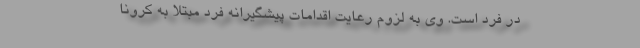
در فرد است. وی به لزوم رعایت اقدامات پیشگیرانه فرد مبتلا به کرونا